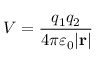
V = { \frac { q _ { 1 } q _ { 2 } } { 4 \pi \varepsilon _ { 0 } | \mathbf { r } | } }